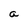
Character: a